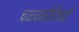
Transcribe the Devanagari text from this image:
चळवळीविषयी